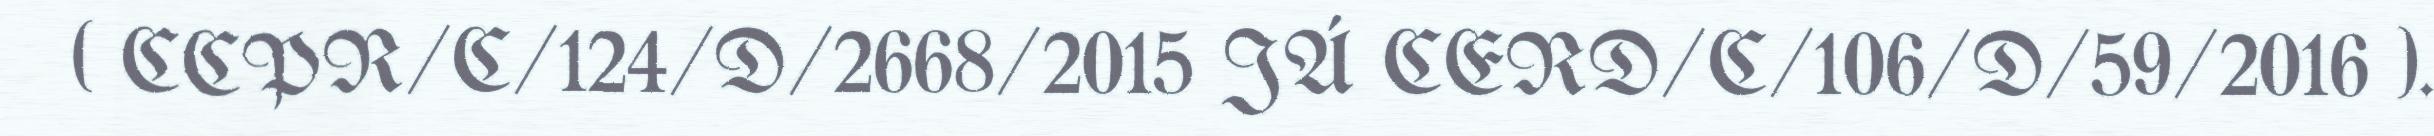
( CCPR/C/124/D/2668/2015 JÁ CERD/C/106/D/59/2016 ).